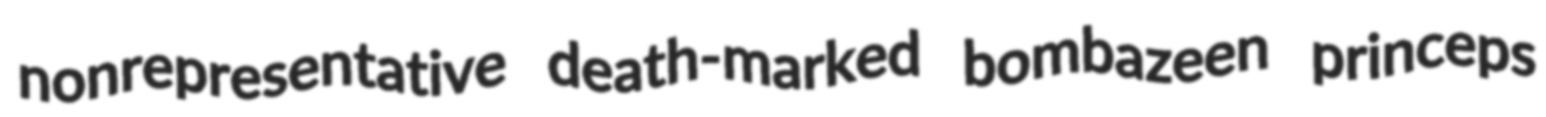
nonrepresentative death-marked bombazeen princeps